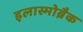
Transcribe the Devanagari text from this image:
इलास्मोब्रैक